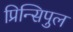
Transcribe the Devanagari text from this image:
प्रिन्सिपुल